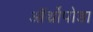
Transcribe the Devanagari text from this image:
ऑर्थ्रोपोडा